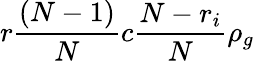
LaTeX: r\frac{(N-1)}{N}c\frac{N-r_{i}}{N}\rho_{g}